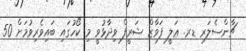
ޗާންސެލަރ ޑރ. ޢަލީ ފަވާޒް ޝަރީފް ވިދާޅުވީ މި ކޯހުގައި ބައިވެރިވުމަށް 50